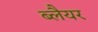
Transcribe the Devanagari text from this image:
ब्लैयर